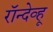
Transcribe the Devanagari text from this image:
रॉन्देव्हू